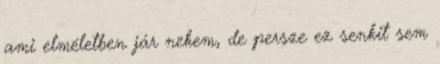
ami elméletben jár nekem, de persze ez senkit sem